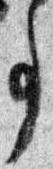
事